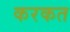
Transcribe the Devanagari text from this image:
करकत